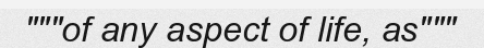
"""of any aspect of life, as"""